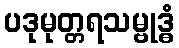
ပဒုမုတ္တရသမ္ဗုဒ္ဓံ